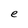
Character: e